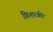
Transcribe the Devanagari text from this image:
फ़िशरकी